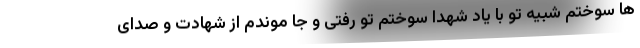
ها سوختم شبیه تو با یاد شهدا سوختم تو رفتی و جا موندم از شهادت و صدای